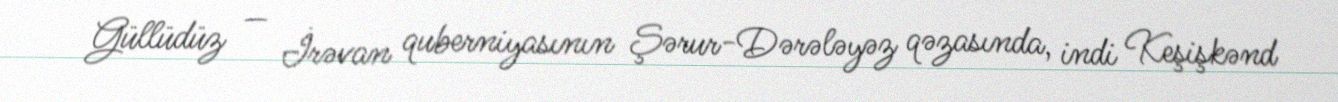
Güllüdüz — İrəvan quberniyasının Şərur-Dərələyəz qəzasında, indi Keşişkənd